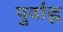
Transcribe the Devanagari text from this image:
पुर्वाह्न